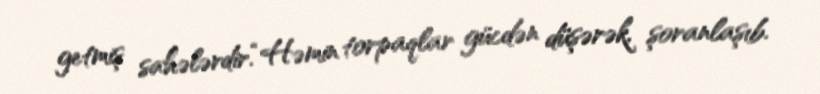
getmiş sahələrdir.“Həmin torpaqlar gücdən düşərək, şoranlaşıb.